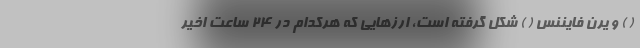
( ) و یرن فایننس ( ) شکل گرفته است، ارزهایی که هرکدام در ۲۴ ساعت اخیر